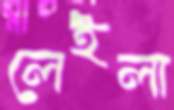
লেইলা